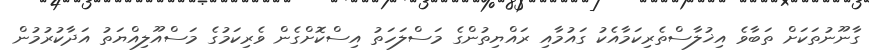
ގާނޫނުތަކަށް ތަބާވެ އިޚުލާސްތެރިކަމާއެކު ގައުމާއި ރައްޔިތުންގެ މަސްލަހަތު އިސްކޮށްގެން ވެރިކަމުގެ މަސްއޫލިއްޔަތު އަދާކުރުމުން